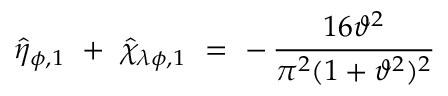
\hat { \eta } _ { \phi , 1 } ~ + ~ \hat { \chi } _ { \lambda \phi , 1 } ~ = ~ - \, \frac { 1 6 \vartheta ^ { 2 } } { \pi ^ { 2 } ( 1 + \vartheta ^ { 2 } ) ^ { 2 } }